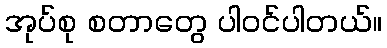
အုပ်စု စတာတွေ ပါဝင်ပါတယ်။